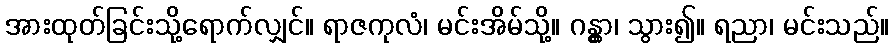
အားထုတ်ခြင်းသို့ရောက်လျှင်။ ရာဇကုလံ၊ မင်းအိမ်သို့။ ဂန္တွာ၊ သွား၍။ ရညာ၊ မင်းသည်။